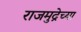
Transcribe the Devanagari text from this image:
राजमुद्रेच्या